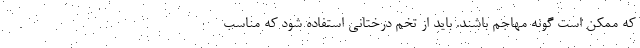
که ممکن است گونه مهاجم باشند. باید از تخم درختانی استفاده شود که مناسب